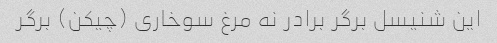
این شنیسل برگر برادر نه مرغ سوخاری (چیکن) برگر